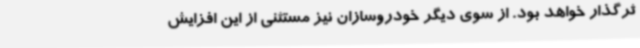
ثرگذار خواهد بود. از سوی دیگر خودروسازان نیز مستثنی از این افزایش